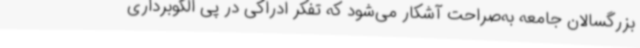
بزرگسالان جامعه به‌صراحت آشکار می‌شود که تفکر ادراکی در پی الگوبرداری